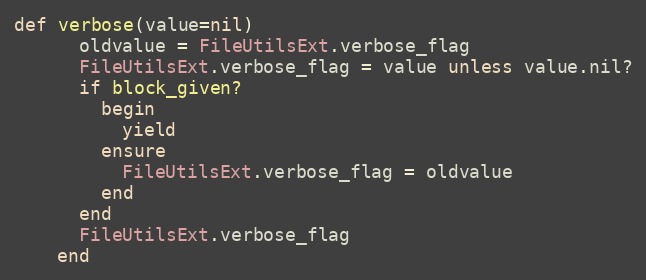
Language: Ruby
def verbose(value=nil)
      oldvalue = FileUtilsExt.verbose_flag
      FileUtilsExt.verbose_flag = value unless value.nil?
      if block_given?
        begin
          yield
        ensure
          FileUtilsExt.verbose_flag = oldvalue
        end
      end
      FileUtilsExt.verbose_flag
    end